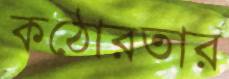
কঠোরতার